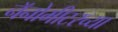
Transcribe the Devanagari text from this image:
नॅनोमीटरच्या